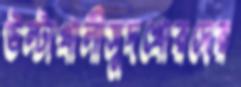
উল্টাখালীসুদখোরদের